Leaving Certificate Examination (including Day School Certificate (Higher) General paper), 1934
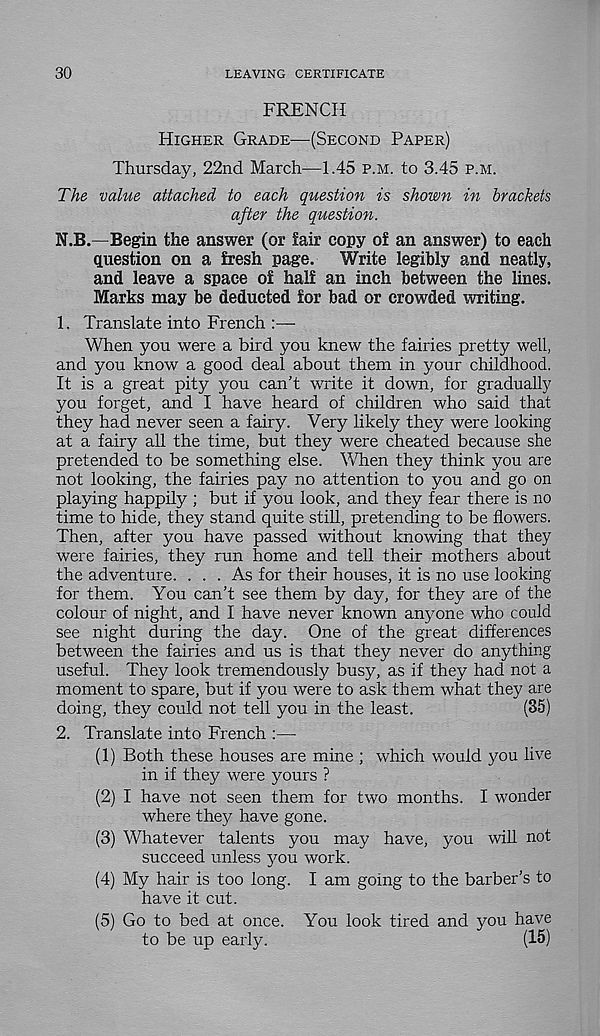
30
LEAVING CERTIFICATE
FRENCH
Higher Grade—(Second Paper)
Thursday, 22nd March—1.45 p.m. to 3.45 p.m.
The value attached to each question is shown in brackets
after the question.
N.B.—Begin the answer (or fair copy of an answer) to each
question on a fresh page.
Write legibly and neatly,
and leave a space of half an inch between the lines.
Marks may be deducted for bad or crowded writing.
1. Translate into French :—
When you were a bird you knew the fairies pretty well,
and you know a good deal about them in your childhood.
It is a great pity you can’t write it down, for gradually
you forget, and I have heard of children who said that
they had never seen a fairy. Very likely they were looking
at a fairy all the time, but they were cheated because she
pretended to be something else. When they think you are
not looking, the fairies pay no attention to you and go on
playing happily ; but if you look, and they fear there is no
time to hide, they stand quite still, pretending to be flowers.
Then, after you have passed without knowing that they
were fairies, they run home and tell their mothers about
the adventure. ... As for their houses, it is no use looking
for them. You can’t see them by day, for they are of the
colour of night, and I have never known anyone who could
see night during the day. One of the great differences
between the fairies and us is that they never do anything
useful. They look tremendously busy, as if they had not a
moment to spare, but if you were to ask them what they are
doing, they could not tell you in the least.
(35)
2. Translate into French :—
(1) Both these houses are mine ; which would you live
in if they were yours ?
(2) I have not seen them for two months. I wonder
where they have gone.
(3) Whatever talents you may have, you will not
succeed unless you work.
(4) My hair is too long. I am going to the barber’s to
have it cut.
(5) Go to bed at once. You look tired and you have
to be up early.
(15)